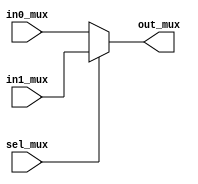
module myMux (in0_mux, in1_mux, sel_mux, out_mux);
  input [31:0] in0_mux, in1_mux;
  input sel_mux;
  output [31:0] out_mux;
  
  assign out_mux = sel_mux ? in1_mux : in0_mux;
endmodule